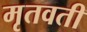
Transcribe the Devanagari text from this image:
मृतवती